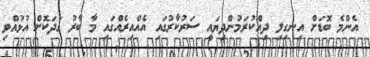
އެންމެ ބޮޑަށް އިނގިލި ދިއްކުރަމުންދިޔައީ ސަރުކާރުގައި އެއްއިރެއްގައި މާ ބާރު ގަދަކޮށް އުޅުއްވި